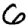
Digit: 6